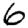
Digit: 6